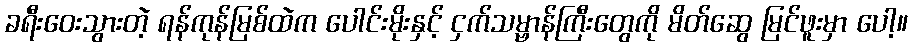
ခရီးဝေးသွားတဲ့ ရန်ကုန်မြစ်ထဲက ပေါင်းမိုးနှင့် ငှက်သမ္ဗာန်ကြီးတွေကို မိတ်ဆွေ မြင်ဖူးမှာ ပေါ့။